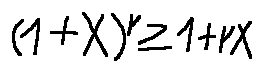
( 1 + x ) ^ { r } \geq 1 + r x